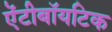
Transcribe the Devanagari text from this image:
ऐंटीबॉयटिक